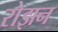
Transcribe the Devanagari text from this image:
रोझन